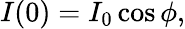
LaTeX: I(0)=I_{0}\cos\phi,